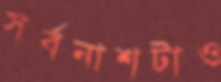
সর্বনাশটাও